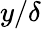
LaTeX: y/\delta